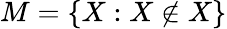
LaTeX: M=\{ X:X\not\in X\}